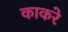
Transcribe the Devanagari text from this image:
काकरे